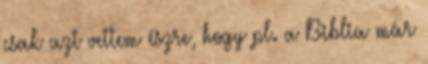
csak azt vettem észre, hogy pl. a Biblia már